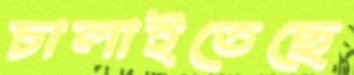
চালাইতেছে